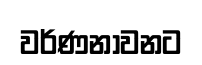
වර්ණනාවනට